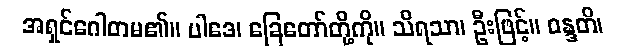
အရှင်ဂေါတမ၏။ ပါဒေ၊ ခြေတော်တို့ကို။ သိရသာ၊ ဦးဖြင့်။ ဝန္ဒတိ၊